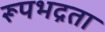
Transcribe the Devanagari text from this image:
रूपभद्रता